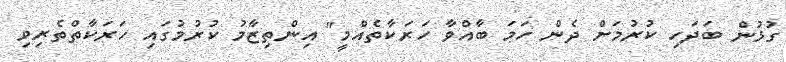
ގުޅުން ބަދަހި ކުރުމަށް ދެން ހަމަ ބާއްވާ ހަރަކާތެއްމީ" އިންތިޒާމު ކުރުމުގައި ހަރަކާތްތެރިވި